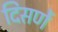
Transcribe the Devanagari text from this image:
दिसणें